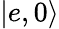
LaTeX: |e,0\rangle